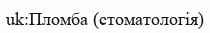
uk:Пломба (стоматологія)